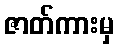
ဇာတ်ကားမှ